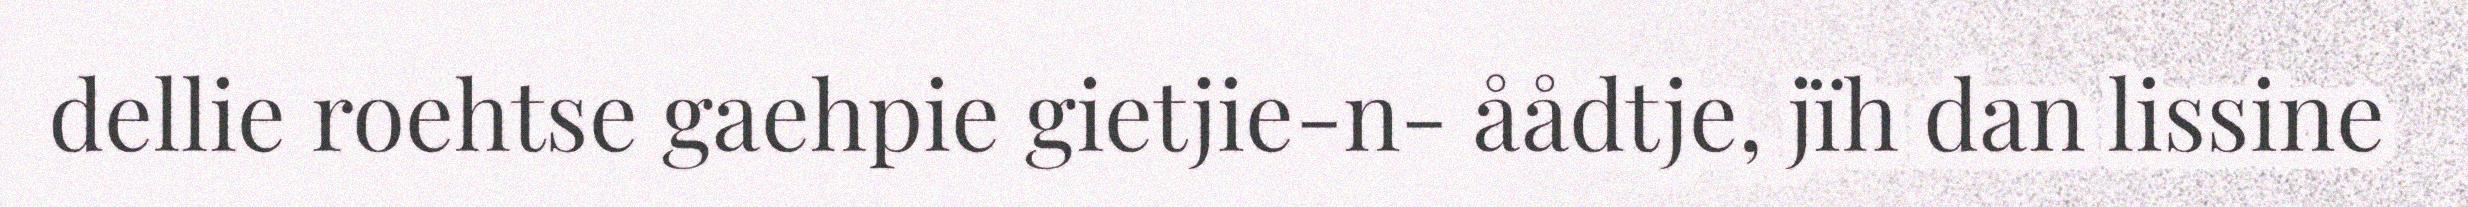
dellie roehtse gaehpie gietjie-n- åådtje, jïh dan lissine